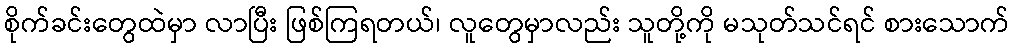
စိုက်ခင်းတွေထဲမှာ လာပြီး ဖြစ်ကြရတယ်၊ လူတွေမှာလည်း သူတို့ကို မသုတ်သင်ရင် စားသောက်